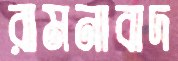
রামনাবাদ